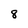
Character: 8